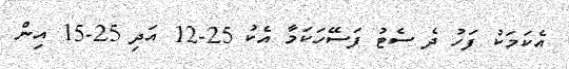
އެކަމަކު ފަހު ދެ ސެޓު ފަސޭހަކަމާ އެކު 25-12 އަދި 25-15 އިން